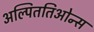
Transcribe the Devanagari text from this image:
अल्पिततिओन्स